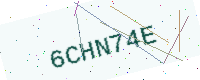
Text: 6CHN74E